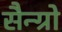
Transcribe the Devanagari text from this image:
सैन्ग्रो